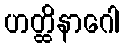
ဟတ္ထိနာဂေါ